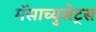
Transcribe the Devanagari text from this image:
मॅसाच्युसेट्स